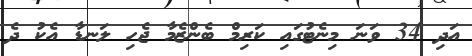
އަދި 34 ވަނަ މިނެޓުގައި ކަރިމް ބެންޒެމާ ޖެހި ލަނޑާ އެކު ދެ